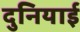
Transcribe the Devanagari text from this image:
दुनियाई